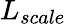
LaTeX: L_{scale}